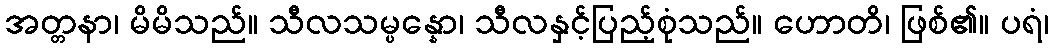
အတ္တနာ၊ မိမိသည်။ သီလသမ္ပန္နော၊ သီလနှင့်ပြည့်စုံသည်။ ဟောတိ၊ ဖြစ်၏။ ပရံ၊